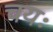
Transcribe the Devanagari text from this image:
चयः